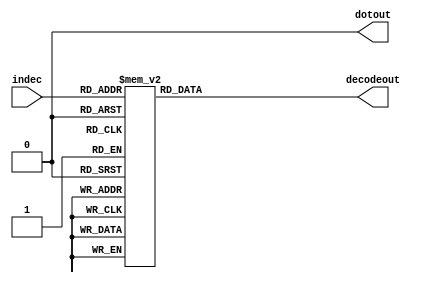
module bcd_decode(
	input [3:0] indec,
	output reg [6:0] decodeout,	//
	output dotout
);
	assign dotout = 0;
	
	always @(indec) begin 
		case(indec)
			4'b0000 : decodeout = 7'b0111111;
			4'b0001 : decodeout = 7'b0000110;
			4'b0010 : decodeout = 7'b1011011;
			4'b0011 : decodeout = 7'b1001111;
			4'b0100 : decodeout = 7'b1100110;
			4'b0101 : decodeout = 7'b1101101;
			4'b0110 : decodeout = 7'b1111101;
			4'b0111 : decodeout = 7'b0000111;
			4'b1000 : decodeout = 7'b1111111;
			4'b1001 : decodeout = 7'b1101111;
			4'b1110 : decodeout = 7'b1000000;   // "-"
			4'b1111 : decodeout = 7'b0000000;	// 
			default : decodeout = 7'b0000000;
		endcase
	end
endmodule